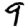
Digit: 9